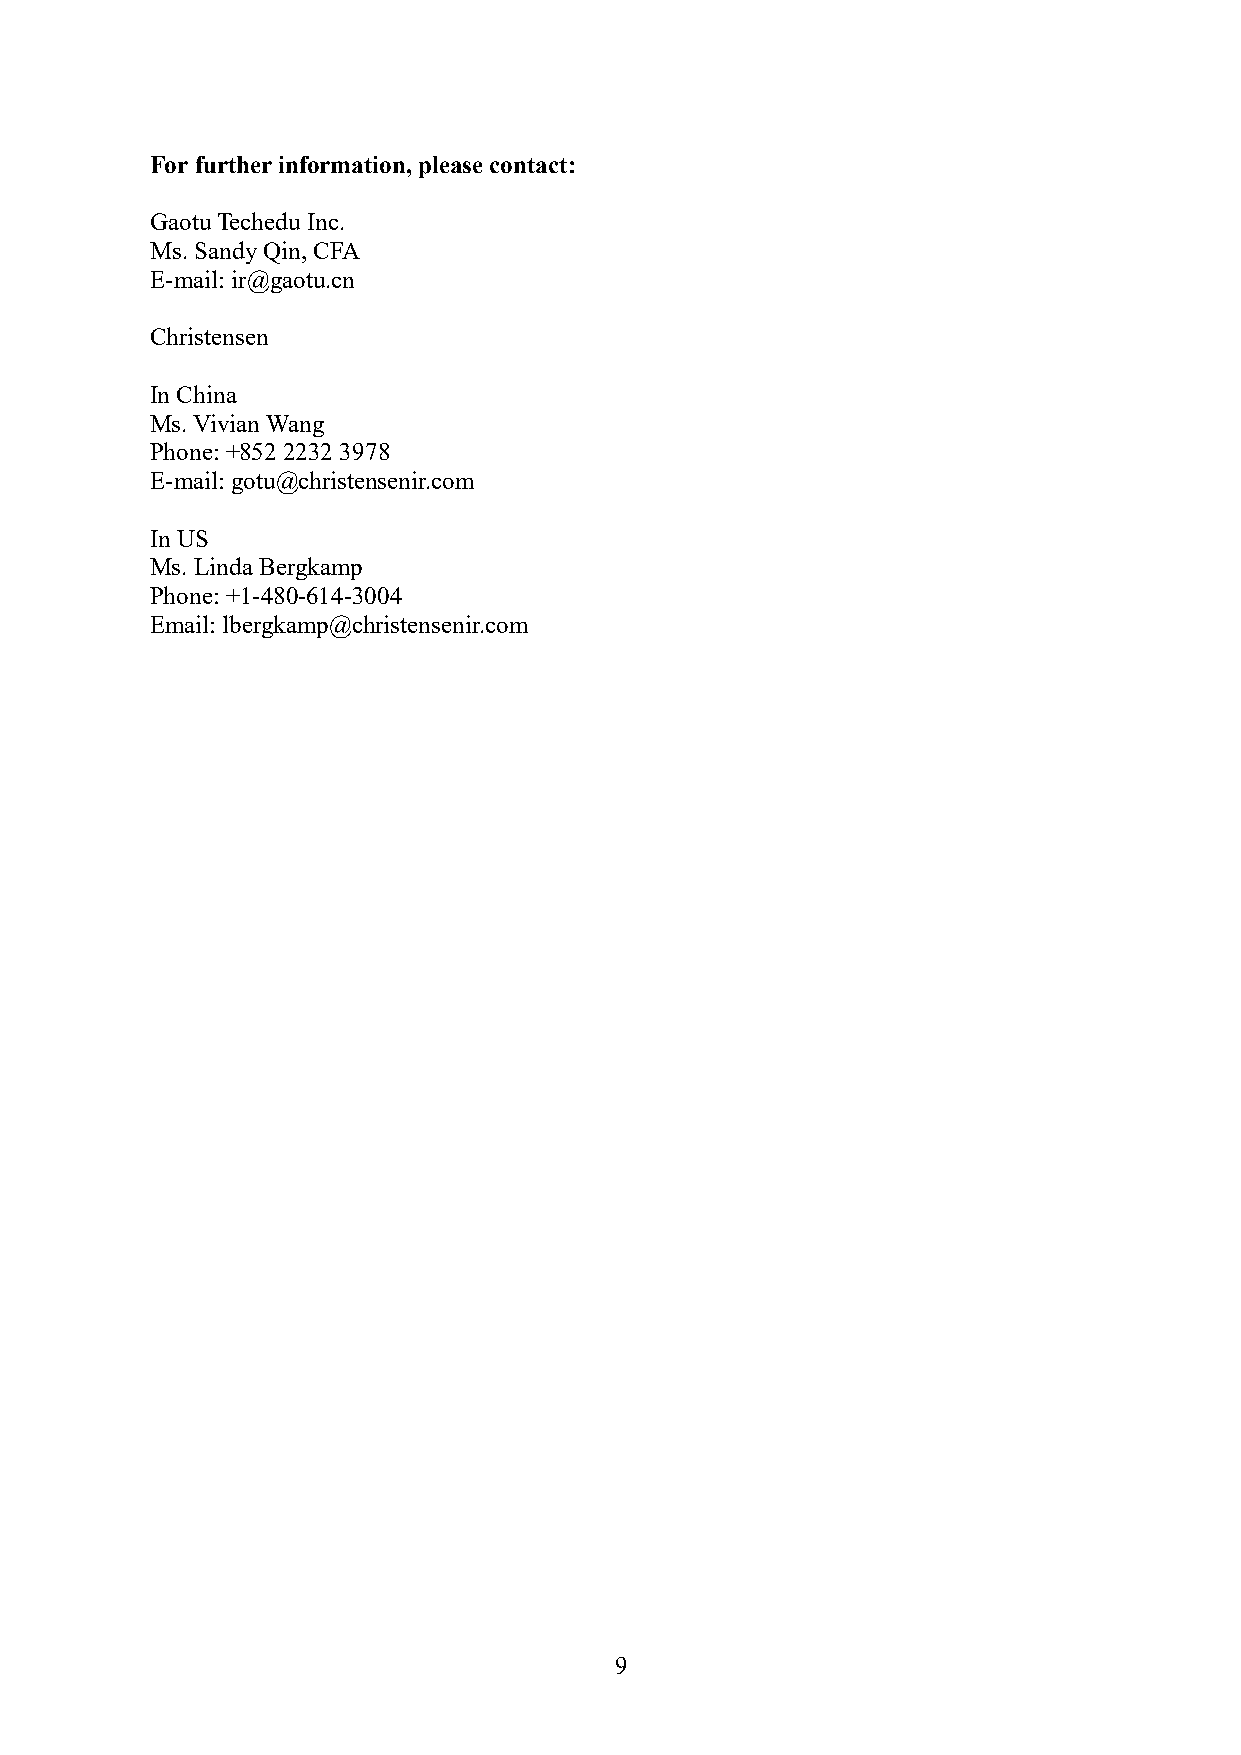
For further information, please contact:
 Gaotu Techedu Inc.
 Ms. Sandy Qin, CFA
 E-mail: ir@gaotu.cn
 Christensen
 In China
 Ms. Vivian Wang
 Phone: +852 2232 3978
 E-mail: gotu@christensenir.com
 In US
 Ms. Linda Bergkamp
 Phone: +1-480-614-3004
 Email: lbergkamp@christensenir.com
 9